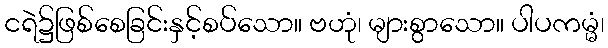
ငရဲ၌ဖြစ်စေခြင်းနှင့်စပ်သော။ ဗဟုံ၊ များစွာသော။ ပါပကမ္မံ၊